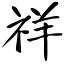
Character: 祥